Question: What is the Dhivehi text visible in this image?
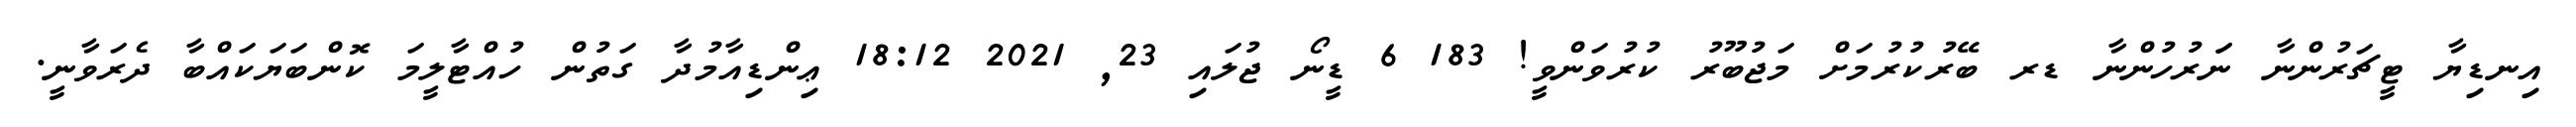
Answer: އިނޑިޔާ ޓީޗަރުންނާ ނަަރުހުންނާ ޑރ ބޭރުކުރުމަށް މަޖުބޫރު ކުރުވަންވީ! 183 6 ޑީނޯ ޖުލައި 23, 2021 18:12 ޢިންޑިއާމުދާ ގަތުން ހުއްޓާލީމަ ކޮންބަޔަކައްބާ ދެރަވާނީ.